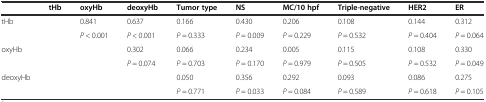
<table><thead><tr><td></td><td><b>tHb</b></td><td><b>oxyHb</b></td><td><b>deoxyHb</b></td><td><b>Tumor type</b></td><td><b>NS</b></td><td><b>MC/10 hpf</b></td><td><b>Triple-negative</b></td><td><b>HER2</b></td><td><b>ER</b></td></tr></thead><tbody><tr><td rowspan="2">tHb</td><td rowspan="2"></td><td>0.841</td><td>0.637</td><td>0.166</td><td>0.430</td><td>0.206</td><td>0.108</td><td>0.144</td><td>0.312</td></tr><tr><td><i>P</i> &lt; 0.001</td><td><i>P</i> &lt; 0.001</td><td><i>P</i> = 0.333</td><td><i>P</i> = 0.009</td><td><i>P</i> = 0.229</td><td><i>P</i> = 0.532</td><td><i>P</i> = 0.404</td><td><i>P</i> = 0.064</td></tr><tr><td rowspan="2">oxyHb</td><td rowspan="2"></td><td rowspan="2"></td><td>0.302</td><td>0.066</td><td>0.234</td><td>0.005</td><td>0.115</td><td>0.108</td><td>0.330</td></tr><tr><td><i>P</i> = 0.074</td><td><i>P</i> = 0.703</td><td><i>P</i> = 0.170</td><td><i>P</i> = 0.979</td><td><i>P</i> = 0.505</td><td><i>P</i> = 0.532</td><td><i>P</i> = 0.049</td></tr><tr><td rowspan="2">deoxyHb</td><td rowspan="2"></td><td rowspan="2"></td><td rowspan="2"></td><td>0.050</td><td>0.356</td><td>0.292</td><td>0.093</td><td>0.086</td><td>0.275</td></tr><tr><td><i>P</i> = 0.771</td><td><i>P</i> = 0.033</td><td><i>P</i> = 0.084</td><td><i>P</i> = 0.589</td><td><i>P</i> = 0.618</td><td><i>P</i> = 0.105</td></tr></tbody></table>